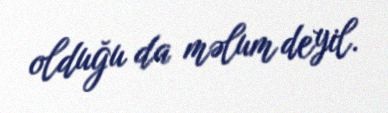
olduğu da məlum deyil.